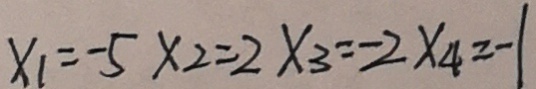
x _ { 1 } = - 5 x _ { 2 } = 2 x _ { 3 } = - 2 x _ { 4 } = - 1